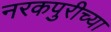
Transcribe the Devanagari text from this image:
नरकपुरीच्या